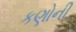
કણોની